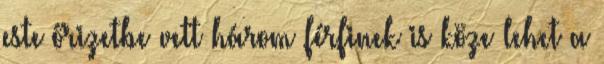
este őrizetbe vett három férfinek is köze lehet a